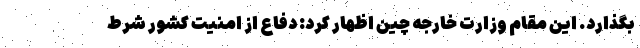
بگذارد. این مقام وزارت خارجه چین اظهار کرد: دفاع از امنیت کشور شرط